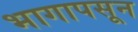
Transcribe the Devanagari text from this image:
भागापसून